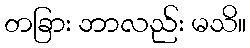
တခြား ဘာလည်း မသိ။